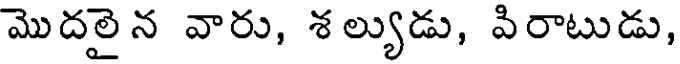
మొదలైన వారు, శల్యుడు, విరాటుడు,